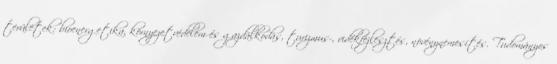
területek: bioenergetika, környezetvédelem és gazdálkodás, turizmus-, vidékfejlesztés, növénynemesítés. Tudományos